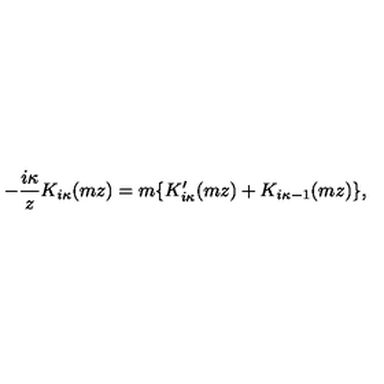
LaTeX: - \frac { i \kappa } { z } K _ { i \kappa } ( m z ) = m \{ K _ { i \kappa } ^ { \prime } ( m z ) + K _ { i \kappa - 1 } ( m z ) \} ,